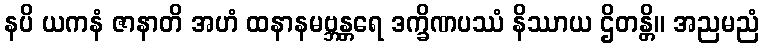
နပိ ယကနံ ဇာနာတိ အဟံ ထနာနမဗ္ဘန္တရေ ဒက္ခိဏပဿံ နိဿာယ ဌိတန္တိ။ အညမညံ